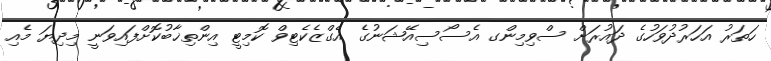
ހަތަރު އަހަރުދުވަހުގެ ދައުރަށް ސްވިމިންގ އެސޯސިއޭޝަނުގެ އެގްޒެކެޓިވް ކޮމިޓީ އިންތިޚާބުކޮށްފައިވަނީ މިދިޔަ މެއި